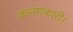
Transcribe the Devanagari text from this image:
क़लमकारी।